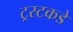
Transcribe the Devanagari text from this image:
ट्रस्टकडे